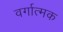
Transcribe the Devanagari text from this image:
वर्गात्मक